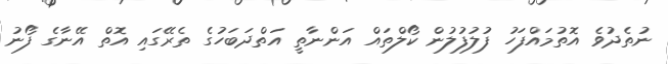
ނުތެދުވެ އޮތުމައްފަހު ފުލުފުލުން ކޯލްތައް އަންނާތީ އަތްދަބަހުގެ ތެރޭގައި އޮތް އޭނާގެ ފޯނު